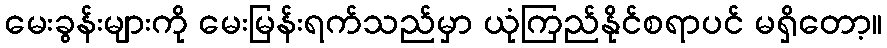
မေးခွန်းများကို မေးမြန်းရက်သည်မှာ ယုံကြည်နိုင်စရာပင် မရှိတော့။